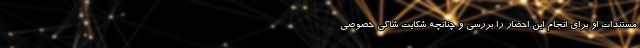
مستندات او برای انجام این احضار را بررسی و چنانچه شکایت شاکی خصوصی